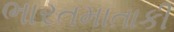
ભારતમાતાકી